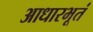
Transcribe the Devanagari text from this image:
आधारभूतं